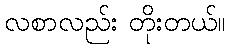
လစာလည်း တိုးတယ်။